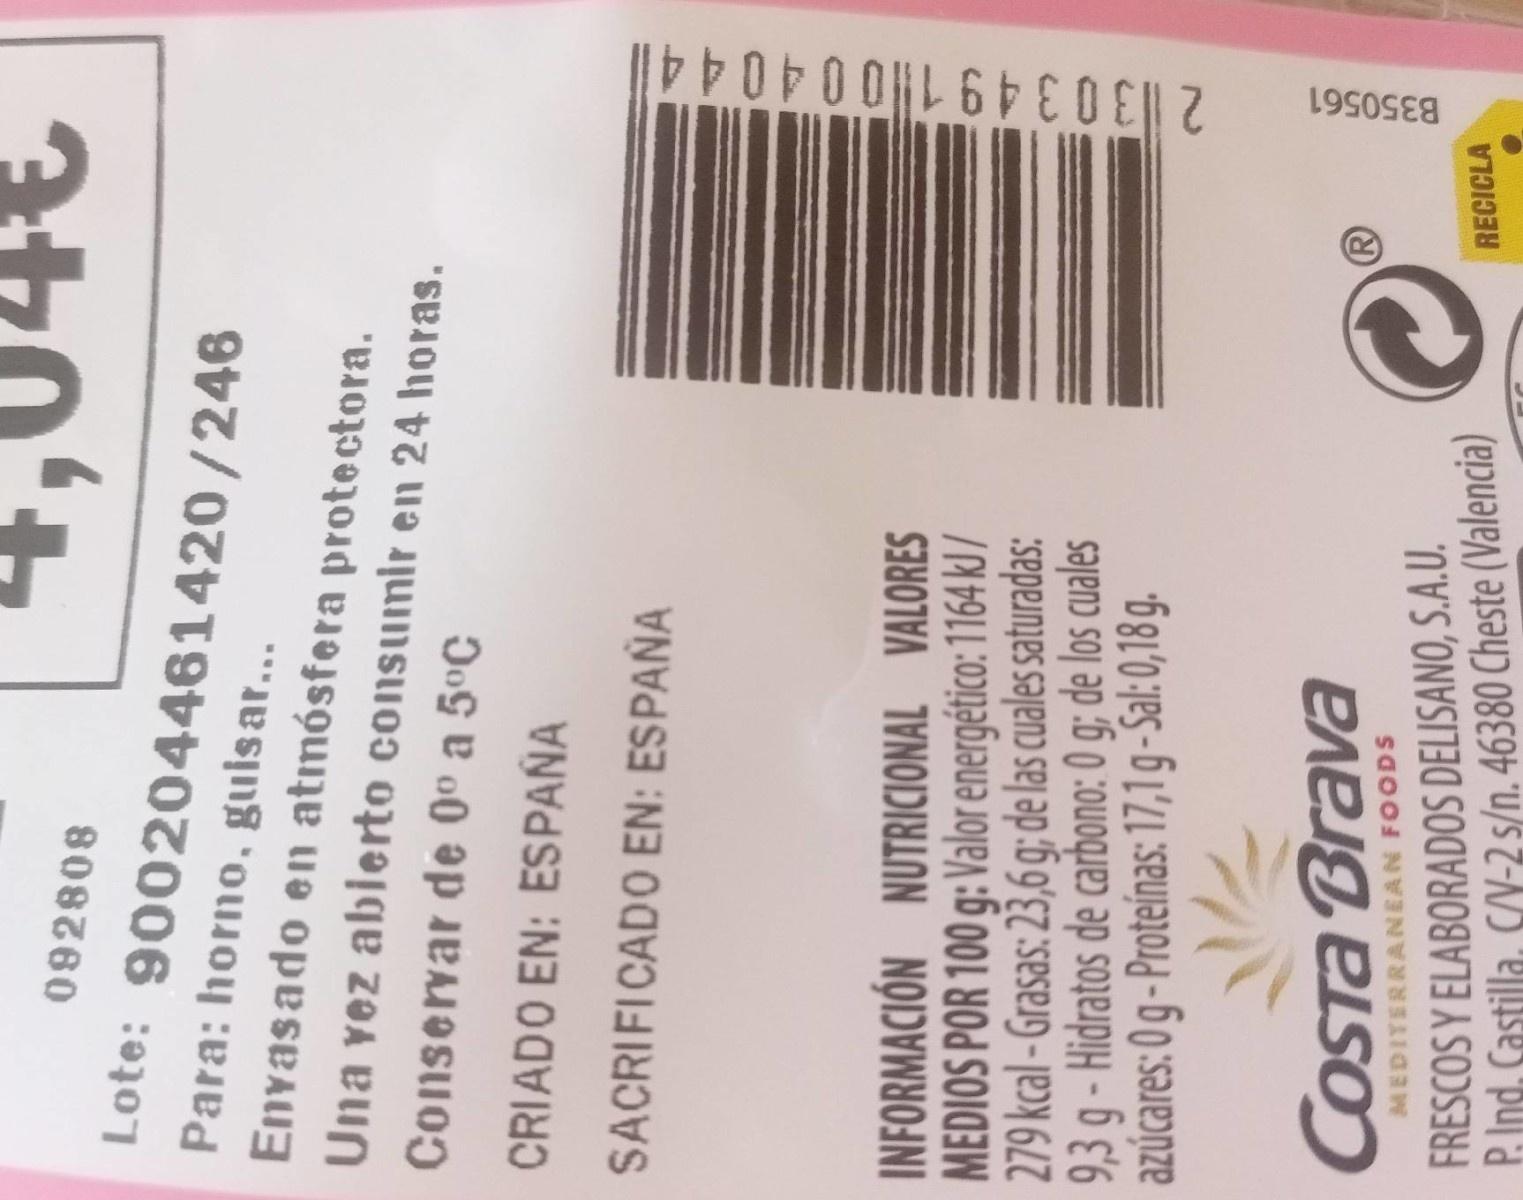
2303491004044|
B350561
092808
Lote: 900204461420/246
Para: horno, guisar...
Enyasado en atmósfera protectora.
Una vez ablerto consumlr en 24 horas.
Conservar de 0° a 5°C
CRIADO EN: ESPAÑA
SACRIFICADO EN: ESPAÑA
INFORMACIÓN NUTRICIONAL VALORES MEDIOS POR 100 g: Valor energético: 1164 kJ / 279 kcal - Grasas: 23,6 g; de las cuales saturadas: 9,3 g - Hidratos de carbono: 0 g; de los cuales azúcares: 0g-Proteinas: 17,1g-Sal:0,18 g.
COSTA Brava
FRESCOS Y ELABORADOS DELISANO, S.A.U. PInd. Castilla, C/N-2 s/n. 46380 Cheste (Valencia)
MEDITERRANEAN FOODS
RECICLA